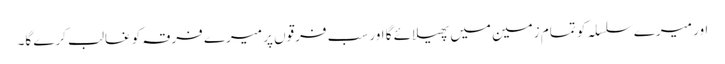
اور میرے سلسلہ کو تمام زمین میں پھیلائے گا اور سب فرقوں پر میرے فرقہ کو غالب کرے گا۔